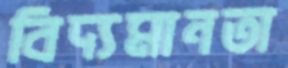
বিদ্যমানতা